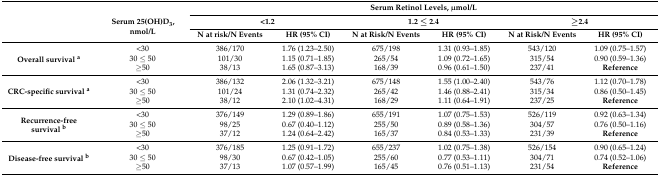
<table><thead><tr><td rowspan="3"></td><td rowspan="3"><b>Serum 25(OH)D<sub>3</sub>, nmol/L</b></td><td colspan="6"><b>Serum Retinol Levels, μmol/L</b></td></tr><tr><td colspan="2"><b>&lt;1.2</b></td><td colspan="2"><b>1.2 ≤ 2.4</b></td><td colspan="2"><b>≥2.4</b></td></tr><tr><td><b>N at risk/N Events</b></td><td><b>HR (95% CI)</b></td><td><b>N at Risk/N Events</b></td><td><b>HR (95% CI)</b></td><td><b>N at Risk/N Events</b></td><td><b>HR (95% CI)</b></td></tr></thead><tbody><tr><td rowspan="3"><b>Overall survival <sup>a</sup></b></td><td>&lt;30</td><td>386/170</td><td>1.76 (1.23–2.50)</td><td>675/198</td><td>1.31 (0.93–1.85)</td><td>543/120</td><td>1.09 (0.75–1.57)</td></tr><tr><td>30 ≤ 50</td><td>101/30</td><td>1.15 (0.71–1.85)</td><td>265/54</td><td>1.09 (0.72–1.65)</td><td>315/54</td><td>0.90 (0.59–1.36)</td></tr><tr><td>≥50</td><td>38/13</td><td>1.65 (0.87–3.13)</td><td>168/39</td><td>0.96 (0.61–1.50)</td><td>237/41</td><td><b>Reference</b></td></tr><tr><td rowspan="3"><b>CRC-specific survival <sup>a</sup></b></td><td>&lt;30</td><td>386/132</td><td>2.06 (1.32–3.21)</td><td>675/148</td><td>1.55 (1.00–2.40)</td><td>543/76</td><td>1.12 (0.70–1.78)</td></tr><tr><td>30 ≤ 50</td><td>101/24</td><td>1.31 (0.74–2.32)</td><td>265/42</td><td>1.46 (0.88–2.41)</td><td>315/34</td><td>0.86 (0.50–1.45)</td></tr><tr><td>≥50</td><td>38/12</td><td>2.10 (1.02–4.31)</td><td>168/29</td><td>1.11 (0.64–1.91)</td><td>237/25</td><td><b>Reference</b></td></tr><tr><td rowspan="3"><b>Recurrence-free survival <sup>b</sup></b></td><td>&lt;30</td><td>376/149</td><td>1.29 (0.89–1.86)</td><td>655/191</td><td>1.07 (0.75–1.53)</td><td>526/119</td><td>0.92 (0.63–1.34)</td></tr><tr><td>30 ≤ 50</td><td>98/25</td><td>0.67 (0.40–1.12)</td><td>255/50</td><td>0.89 (0.58–1.36)</td><td>304/57</td><td>0.76 (0.50–1.16)</td></tr><tr><td>≥50</td><td>37/12</td><td>1.24 (0.64–2.42)</td><td>165/37</td><td>0.84 (0.53–1.33)</td><td>231/39</td><td><b>Reference</b></td></tr><tr><td rowspan="3"><b>Disease-free survival <sup>b</sup></b></td><td>&lt;30</td><td>376/185</td><td>1.25 (0.91–1.72)</td><td>655/237</td><td>1.02 (0.75–1.38)</td><td>526/154</td><td>0.90 (0.65–1.24)</td></tr><tr><td>30 ≤ 50</td><td>98/30</td><td>0.67 (0.42–1.05)</td><td>255/60</td><td>0.77 (0.53–1.11)</td><td>304/71</td><td>0.74 (0.52–1.06)</td></tr><tr><td>≥50</td><td>37/13</td><td>1.07 (0.57–1.99)</td><td>165/45</td><td>0.76 (0.51–1.13)</td><td>231/54</td><td><b>Reference</b></td></tr></tbody></table>